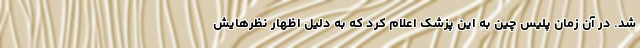
شد. در آن زمان پلیس چین به این پزشک اعلام کرد که به دلیل اظهار نظرهایش